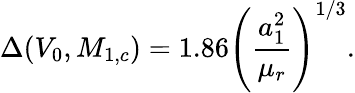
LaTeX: \Delta(V_{0},M_{1,c})=1.86\left({\frac{a_{1}^{2}}{\mu_{r}}}\right)^{1/3}.